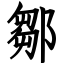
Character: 鄒